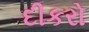
દીકરો